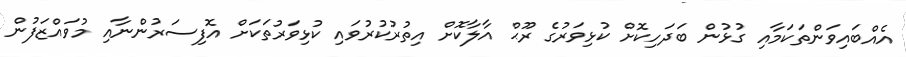
އެއްބައިވަންތަކަމާއި ގުޅުން ބަދަހިކޮށް ކުޅިވަރުގެ ރޫޙް އާލާކޮށް އިތުރުކުރުވައި ކުޅިވަރުތަކަށް އޮފިސަރުންނާއި މުވައްޒަފުން